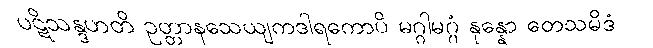
ပဋိသန္ဒဟတိ ဥတ္တာနသေယျကဒါရကောပိ မဂ္ဂါမဂ္ဂံ နုန္နော တေသမိဒံ